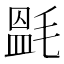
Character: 𣯎